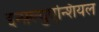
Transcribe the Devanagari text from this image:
इन्फ़्ल्युएन्शियल